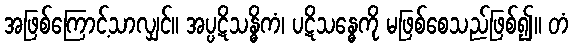
အဖြစ်ကြောင့်သာလျှင်။ အပ္ပဋိသန္ဓိကံ၊ ပဋိသန္ဓေကို မဖြစ်စေသည်ဖြစ်၍။ တံ